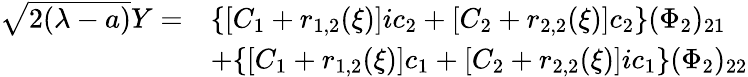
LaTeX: \begin{array}{rl}{\sqrt{2(\lambda-a)}Y=}&{\{ [C_{1}+r_{1,2}(\xi)]ic_{2}+[C_{2}+r_{2,2}(\xi)]c_{2}\} (\Phi_{2})_{21}}\\ &{+\{ [C_{1}+r_{1,2}(\xi)]c_{1}+[C_{2}+r_{2,2}(\xi)]ic_{1}\} (\Phi_{2})_{22}}\end{array}